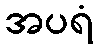
အပရံ